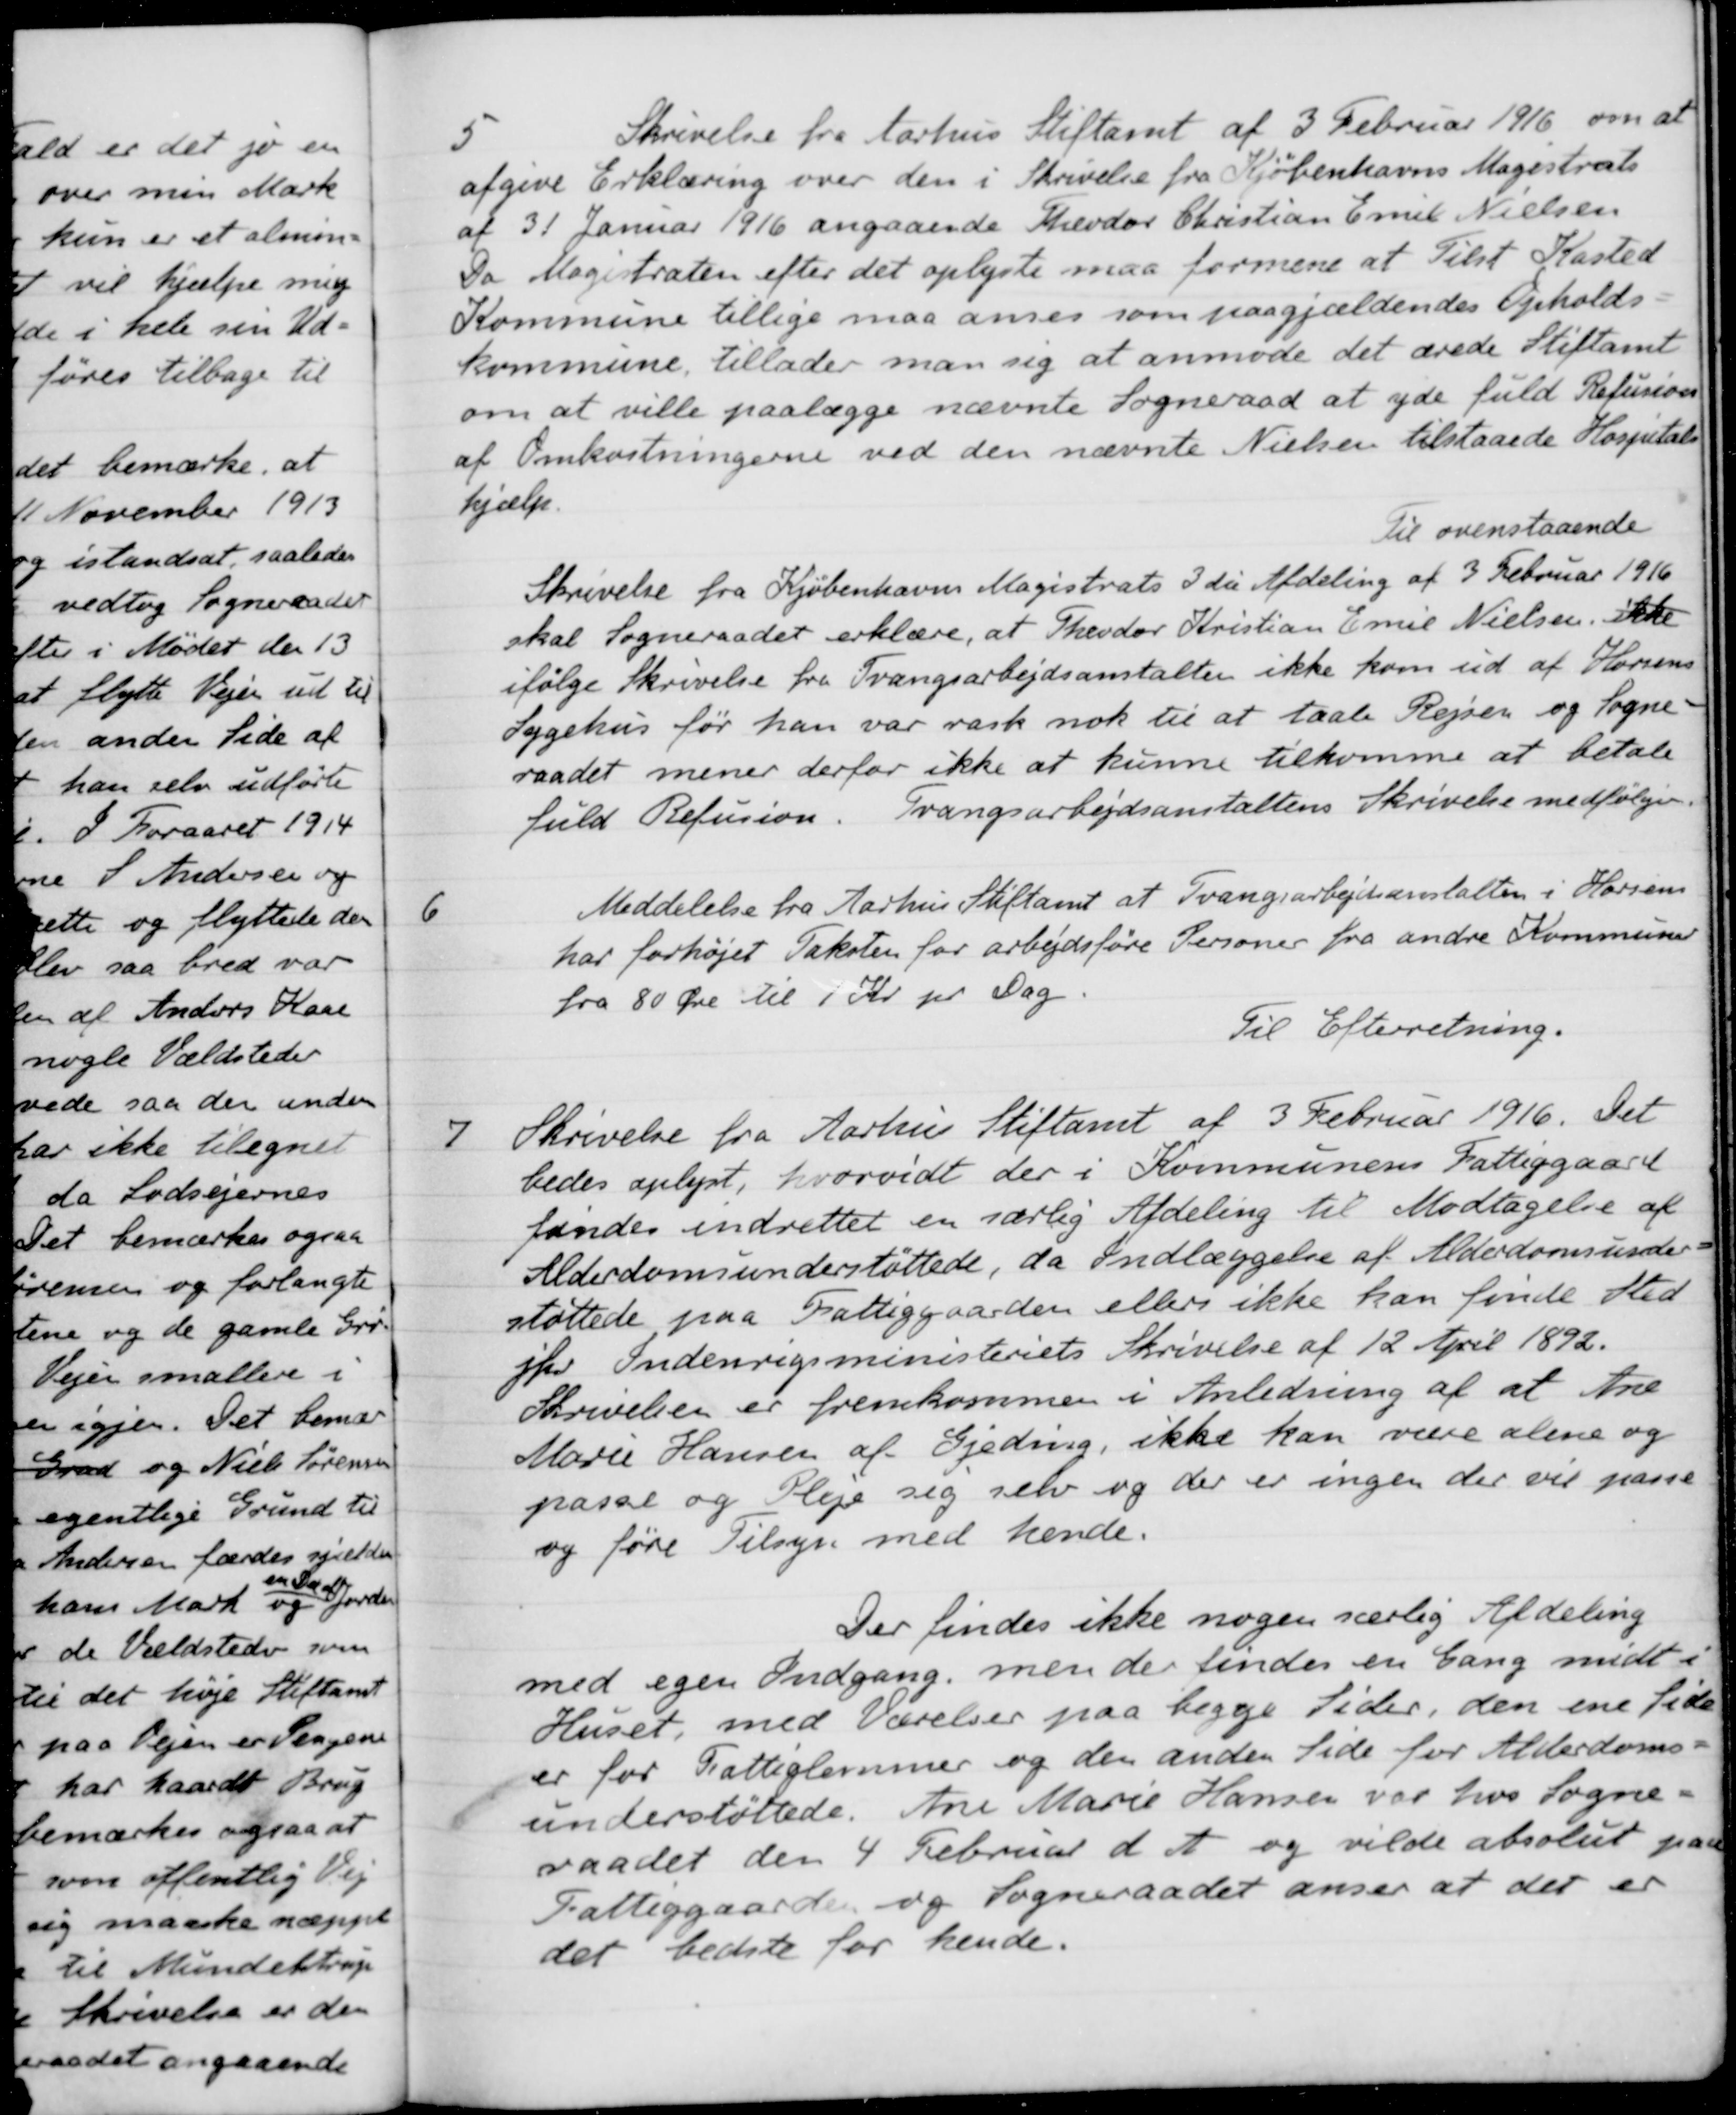
Transskription:
5
Skrivelse fra Aarhus Stiftamt af 3 Februar 1916 om at
afgive Erklæring over den i Skrivelse fra Kjøbenhavns Magistrats
af 31 Januar 1916 angaaende Theodor Christian Emil Nielsen
Da Magistraten efter det oplyste maa formene at Tilst Kasted
Kommune tillige maa anses som paagjældendes Opholds-
kommune tillader man sig at anmode det ærede Stiftamt
om at ville paalægge nævnte Sogneraad at yde fuld Refusion
af Omkostningerne ved den nævnte Nielsen tilstaaede Hospitals-
hjælp.
Til ovenstaaende
Skrivelse fra Kjøbenhavns Magistrats 3 da Afdeling af 3 Februar 1916
skal Sogneraadet erklære, at Theodor Kristian Emil Nielsen ikke
ifølge Skrivelse fra Tvangsarbejdsanstalten ikke kom ud af Horsens
Sygehus för han var rask nok til at taale Rejsen og Sogne-
raadet mener derfor ikke at kunne tilkomme at betale
fuld Refusion. Tvangsarbejdsanstaltens Skrivelse medfølger.
6
Meddelelse fra Aarhus Stiftamt at Tvangsarbejdsanstalten i Horsens
har forhøjet Taksten for arbejdsføre Personer fra andre Kommuner
fra 80 Øre til 1 Kr pr Dag
Til Efterretning.
7
Skrivelse fra Aarhus Stiftamt af 3 Februar 1916. Det
bedes oplyst, hvorvidt der i Kommunens Fattiggaard
findes indrettet en særlig Afdeling til Modtagelse af
Alderdomsunderstøttede, da Indlæggelse af Alderdomsunder-
støttede paa Fattiggaarden ellers ikke kan finde Sted
jfr Indenrigsministeriets Skrivelse af 12 April 1892.
Skrivelsen er fremkommen i Anledning af at Ane
Marie Hansen af Gjeding, ikke kan være alene og
passe og Pleje sig selv og der er ingen der vil passe
og føre Tilsyn med hende.
Der findes ikke nogen særlig Afdeling
med egen Indgang, men der findes en Gang midt i
Huset, med Værelser paa begge Sider, den ene side
er for Fattiglemmer og den anden Side for Alderdoms
understøttede. Ane Marie Hansen var hos Sogne-
raadet den 4 Februar d. A. og vilde absolut paa
Fattiggaarden og Sogneraadet anser at der er
det bedste for hende.